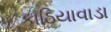
કાઠિયાવાડા